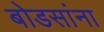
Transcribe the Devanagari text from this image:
बोडसांना